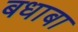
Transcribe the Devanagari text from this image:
बधाबा